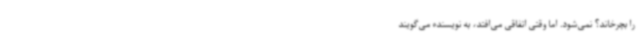
را بچرخاند؟ نمی‌شود. اما وقتی اتفاقی می‌افتد، به نویسنده می‌گویند